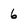
Character: 6